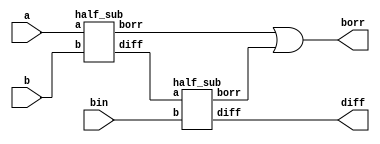
module full_sub(
   output diff,borr,
	input a,b,bin);
wire w1,w2,w3;
half_sub hs1(w1,w2,a,b);
half_sub hs2(diff,w3,w1,bin);
or or1(borr,w2,w3);
endmodule

module half_sub(
    output diff,borr,
	 input a,b);
assign diff= a^b;
assign borr= ~a&b;

endmodule